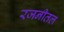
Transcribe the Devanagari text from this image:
रजनीतल